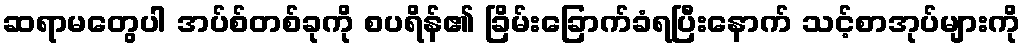
ဆရာမတွေပါ အပ်စ်တစ်ခုကို စပရိန်၏ ခြိမ်းခြောက်ခံရပြီးနောက် သင့်စာအုပ်များကို